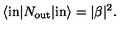
\langle \mathrm { i n } | N _ { \mathrm { o u t } } | \mathrm { i n } \rangle = | \beta | ^ { 2 } .